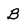
Character: B